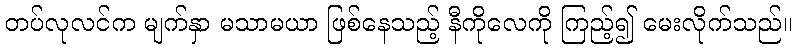
တပ်လုလင်က မျက်နှာ မသာမယာ ဖြစ်နေသည့် နီကိုလေကို ကြည့်၍ မေးလိုက်သည်။